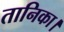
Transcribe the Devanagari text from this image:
तानिका।